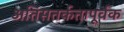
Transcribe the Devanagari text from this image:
अतिसतर्कतापूर्वक